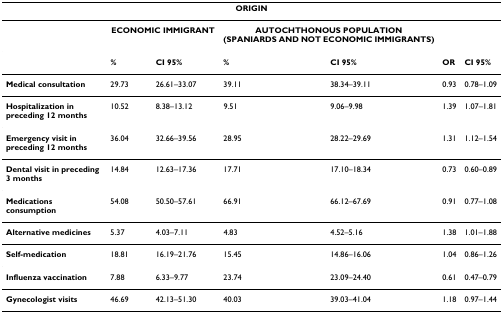
<table><thead><tr><td colspan="7"><b>ORIGIN</b></td></tr></thead><tbody><tr><td></td><td colspan="2"><b>ECONOMIC IMMIGRANT</b></td><td colspan="2"><b>AUTOCHTHONOUS POPULATION (SPANIARDS AND NOT ECONOMIC IMMIGRANTS)</b></td><td></td><td></td></tr><tr><td></td><td><b>%</b></td><td><b>CI 95%</b></td><td><b>%</b></td><td><b>CI 95%</b></td><td><b>OR</b></td><td><b>CI 95%</b></td></tr><tr><td><b>Medical consultation</b></td><td>29.73</td><td>26.61–33.07</td><td>39.11</td><td>38.34–39.11</td><td>0.93</td><td>0.78–1.09</td></tr><tr><td><b>Hospitalization in preceding 12 months</b></td><td>10.52</td><td>8.38–13.12</td><td>9.51</td><td>9.06–9.98</td><td>1.39</td><td>1.07–1.81</td></tr><tr><td><b>Emergency visit in preceding 12 months</b></td><td>36.04</td><td>32.66–39.56</td><td>28.95</td><td>28.22–29.69</td><td>1.31</td><td>1.12–1.54</td></tr><tr><td><b>Dental visit in preceding 3 months</b></td><td>14.84</td><td>12.63–17.36</td><td>17.71</td><td>17.10–18.34</td><td>0.73</td><td>0.60–0.89</td></tr><tr><td><b>Medications consumption</b></td><td>54.08</td><td>50.50–57.61</td><td>66.91</td><td>66.12–67.69</td><td>0.91</td><td>0.77–1.08</td></tr><tr><td><b>Alternative medicines</b></td><td>5.37</td><td>4.03–7.11</td><td>4.83</td><td>4.52–5.16</td><td>1.38</td><td>1.01–1.88</td></tr><tr><td><b>Self-medication</b></td><td>18.81</td><td>16.19–21.76</td><td>15.45</td><td>14.86–16.06</td><td>1.04</td><td>0.86–1.26</td></tr><tr><td><b>Influenza vaccination</b></td><td>7.88</td><td>6.33–9.77</td><td>23.74</td><td>23.09–24.40</td><td>0.61</td><td>0.47–0.79</td></tr><tr><td><b>Gynecologist visits</b></td><td>46.69</td><td>42.13–51.30</td><td>40.03</td><td>39.03–41.04</td><td>1.18</td><td>0.97–1.44</td></tr></tbody></table>